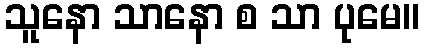
သူနော သာနော စ သာ ပုမေ။